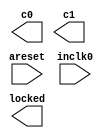
// megafunction wizard: %ALTPLL%VBB%
// GENERATION: STANDARD
// VERSION: WM1.0
// MODULE: altpll 

// ============================================================
// Megafunction Name(s):
// 			altpll
//
// Simulation Library Files(s):
// 			altera_mf
// ============================================================
// ************************************************************
// THIS IS A WIZARD-GENERATED FILE. DO NOT EDIT THIS FILE!
//
// 18.1.0 Build 625 09/12/2018 SJ Lite Edition
// ************************************************************

//Copyright (C) 2018  Intel Corporation. All rights reserved.
//Your use of Intel Corporation's design tools, logic functions 
//and other software and tools, and its AMPP partner logic 
//functions, and any output files from any of the foregoing 
//(including device programming or simulation files), and any 
//associated documentation or information are expressly subject 
//to the terms and conditions of the Intel Program License 
//Subscription Agreement, the Intel Quartus Prime License Agreement,
//the Intel FPGA IP License Agreement, or other applicable license
//agreement, including, without limitation, that your use is for
//the sole purpose of programming logic devices manufactured by
//Intel and sold by Intel or its authorized distributors.  Please
//refer to the applicable agreement for further details.

module PLL (
	areset,
	inclk0,
	c0,
	c1,
	locked);

	input	  areset;
	input	  inclk0;
	output	  c0;
	output	  c1;
	output	  locked;
`ifndef ALTERA_RESERVED_QIS
// synopsys translate_off
`endif
	tri0	  areset;
`ifndef ALTERA_RESERVED_QIS
// synopsys translate_on
`endif

endmodule

// ============================================================
// CNX file retrieval info
// ============================================================
// Retrieval info: PRIVATE: ACTIVECLK_CHECK STRING "0"
// Retrieval info: PRIVATE: BANDWIDTH STRING "1.000"
// Retrieval info: PRIVATE: BANDWIDTH_FEATURE_ENABLED STRING "1"
// Retrieval info: PRIVATE: BANDWIDTH_FREQ_UNIT STRING "MHz"
// Retrieval info: PRIVATE: BANDWIDTH_PRESET STRING "Low"
// Retrieval info: PRIVATE: BANDWIDTH_USE_AUTO STRING "1"
// Retrieval info: PRIVATE: BANDWIDTH_USE_PRESET STRING "0"
// Retrieval info: PRIVATE: CLKBAD_SWITCHOVER_CHECK STRING "0"
// Retrieval info: PRIVATE: CLKLOSS_CHECK STRING "0"
// Retrieval info: PRIVATE: CLKSWITCH_CHECK STRING "0"
// Retrieval info: PRIVATE: CNX_NO_COMPENSATE_RADIO STRING "0"
// Retrieval info: PRIVATE: CREATE_CLKBAD_CHECK STRING "0"
// Retrieval info: PRIVATE: CREATE_INCLK1_CHECK STRING "0"
// Retrieval info: PRIVATE: CUR_DEDICATED_CLK STRING "c0"
// Retrieval info: PRIVATE: CUR_FBIN_CLK STRING "c0"
// Retrieval info: PRIVATE: DEVICE_SPEED_GRADE STRING "Any"
// Retrieval info: PRIVATE: DIV_FACTOR0 NUMERIC "1"
// Retrieval info: PRIVATE: DIV_FACTOR1 NUMERIC "34"
// Retrieval info: PRIVATE: DUTY_CYCLE0 STRING "50.00000000"
// Retrieval info: PRIVATE: DUTY_CYCLE1 STRING "50.00000000"
// Retrieval info: PRIVATE: EFF_OUTPUT_FREQ_VALUE0 STRING "100.000000"
// Retrieval info: PRIVATE: EFF_OUTPUT_FREQ_VALUE1 STRING "2.941176"
// Retrieval info: PRIVATE: EXPLICIT_SWITCHOVER_COUNTER STRING "0"
// Retrieval info: PRIVATE: EXT_FEEDBACK_RADIO STRING "0"
// Retrieval info: PRIVATE: GLOCKED_COUNTER_EDIT_CHANGED STRING "1"
// Retrieval info: PRIVATE: GLOCKED_FEATURE_ENABLED STRING "0"
// Retrieval info: PRIVATE: GLOCKED_MODE_CHECK STRING "0"
// Retrieval info: PRIVATE: GLOCK_COUNTER_EDIT NUMERIC "1048575"
// Retrieval info: PRIVATE: HAS_MANUAL_SWITCHOVER STRING "1"
// Retrieval info: PRIVATE: INCLK0_FREQ_EDIT STRING "100.000"
// Retrieval info: PRIVATE: INCLK0_FREQ_UNIT_COMBO STRING "MHz"
// Retrieval info: PRIVATE: INCLK1_FREQ_EDIT STRING "100.000"
// Retrieval info: PRIVATE: INCLK1_FREQ_EDIT_CHANGED STRING "1"
// Retrieval info: PRIVATE: INCLK1_FREQ_UNIT_CHANGED STRING "1"
// Retrieval info: PRIVATE: INCLK1_FREQ_UNIT_COMBO STRING "MHz"
// Retrieval info: PRIVATE: INTENDED_DEVICE_FAMILY STRING "Cyclone IV GX"
// Retrieval info: PRIVATE: INT_FEEDBACK__MODE_RADIO STRING "1"
// Retrieval info: PRIVATE: LOCKED_OUTPUT_CHECK STRING "1"
// Retrieval info: PRIVATE: LONG_SCAN_RADIO STRING "1"
// Retrieval info: PRIVATE: LVDS_MODE_DATA_RATE STRING "Not Available"
// Retrieval info: PRIVATE: LVDS_MODE_DATA_RATE_DIRTY NUMERIC "0"
// Retrieval info: PRIVATE: LVDS_PHASE_SHIFT_UNIT0 STRING "deg"
// Retrieval info: PRIVATE: LVDS_PHASE_SHIFT_UNIT1 STRING "deg"
// Retrieval info: PRIVATE: MIG_DEVICE_SPEED_GRADE STRING "Any"
// Retrieval info: PRIVATE: MIRROR_CLK0 STRING "0"
// Retrieval info: PRIVATE: MIRROR_CLK1 STRING "0"
// Retrieval info: PRIVATE: MULT_FACTOR0 NUMERIC "1"
// Retrieval info: PRIVATE: MULT_FACTOR1 NUMERIC "1"
// Retrieval info: PRIVATE: NORMAL_MODE_RADIO STRING "1"
// Retrieval info: PRIVATE: OUTPUT_FREQ0 STRING "100.00000000"
// Retrieval info: PRIVATE: OUTPUT_FREQ1 STRING "100.00000000"
// Retrieval info: PRIVATE: OUTPUT_FREQ_MODE0 STRING "0"
// Retrieval info: PRIVATE: OUTPUT_FREQ_MODE1 STRING "0"
// Retrieval info: PRIVATE: OUTPUT_FREQ_UNIT0 STRING "MHz"
// Retrieval info: PRIVATE: OUTPUT_FREQ_UNIT1 STRING "MHz"
// Retrieval info: PRIVATE: PHASE_RECONFIG_FEATURE_ENABLED STRING "1"
// Retrieval info: PRIVATE: PHASE_RECONFIG_INPUTS_CHECK STRING "0"
// Retrieval info: PRIVATE: PHASE_SHIFT0 STRING "0.00000000"
// Retrieval info: PRIVATE: PHASE_SHIFT1 STRING "0.00000000"
// Retrieval info: PRIVATE: PHASE_SHIFT_STEP_ENABLED_CHECK STRING "0"
// Retrieval info: PRIVATE: PHASE_SHIFT_UNIT0 STRING "deg"
// Retrieval info: PRIVATE: PHASE_SHIFT_UNIT1 STRING "deg"
// Retrieval info: PRIVATE: PLL_ADVANCED_PARAM_CHECK STRING "0"
// Retrieval info: PRIVATE: PLL_ARESET_CHECK STRING "1"
// Retrieval info: PRIVATE: PLL_AUTOPLL_CHECK NUMERIC "1"
// Retrieval info: PRIVATE: PLL_ENHPLL_CHECK NUMERIC "0"
// Retrieval info: PRIVATE: PLL_FASTPLL_CHECK NUMERIC "0"
// Retrieval info: PRIVATE: PLL_FBMIMIC_CHECK STRING "0"
// Retrieval info: PRIVATE: PLL_LVDS_PLL_CHECK NUMERIC "0"
// Retrieval info: PRIVATE: PLL_PFDENA_CHECK STRING "0"
// Retrieval info: PRIVATE: PLL_TARGET_HARCOPY_CHECK NUMERIC "0"
// Retrieval info: PRIVATE: PRIMARY_CLK_COMBO STRING "inclk0"
// Retrieval info: PRIVATE: RECONFIG_FILE STRING "PLL.mif"
// Retrieval info: PRIVATE: SACN_INPUTS_CHECK STRING "0"
// Retrieval info: PRIVATE: SCAN_FEATURE_ENABLED STRING "1"
// Retrieval info: PRIVATE: SELF_RESET_LOCK_LOSS STRING "0"
// Retrieval info: PRIVATE: SHORT_SCAN_RADIO STRING "0"
// Retrieval info: PRIVATE: SPREAD_FEATURE_ENABLED STRING "0"
// Retrieval info: PRIVATE: SPREAD_FREQ STRING "50.000"
// Retrieval info: PRIVATE: SPREAD_FREQ_UNIT STRING "KHz"
// Retrieval info: PRIVATE: SPREAD_PERCENT STRING "0.500"
// Retrieval info: PRIVATE: SPREAD_USE STRING "0"
// Retrieval info: PRIVATE: SRC_SYNCH_COMP_RADIO STRING "0"
// Retrieval info: PRIVATE: STICKY_CLK0 STRING "1"
// Retrieval info: PRIVATE: STICKY_CLK1 STRING "1"
// Retrieval info: PRIVATE: SWITCHOVER_COUNT_EDIT NUMERIC "1"
// Retrieval info: PRIVATE: SWITCHOVER_FEATURE_ENABLED STRING "1"
// Retrieval info: PRIVATE: SYNTH_WRAPPER_GEN_POSTFIX STRING "1"
// Retrieval info: PRIVATE: USE_CLK0 STRING "1"
// Retrieval info: PRIVATE: USE_CLK1 STRING "1"
// Retrieval info: PRIVATE: USE_CLKENA0 STRING "0"
// Retrieval info: PRIVATE: USE_CLKENA1 STRING "0"
// Retrieval info: PRIVATE: USE_MIL_SPEED_GRADE NUMERIC "0"
// Retrieval info: PRIVATE: ZERO_DELAY_RADIO STRING "0"
// Retrieval info: LIBRARY: altera_mf altera_mf.altera_mf_components.all
// Retrieval info: CONSTANT: BANDWIDTH_TYPE STRING "AUTO"
// Retrieval info: CONSTANT: CLK0_DIVIDE_BY NUMERIC "1"
// Retrieval info: CONSTANT: CLK0_DUTY_CYCLE NUMERIC "50"
// Retrieval info: CONSTANT: CLK0_MULTIPLY_BY NUMERIC "1"
// Retrieval info: CONSTANT: CLK0_PHASE_SHIFT STRING "0"
// Retrieval info: CONSTANT: CLK1_DIVIDE_BY NUMERIC "34"
// Retrieval info: CONSTANT: CLK1_DUTY_CYCLE NUMERIC "50"
// Retrieval info: CONSTANT: CLK1_MULTIPLY_BY NUMERIC "1"
// Retrieval info: CONSTANT: CLK1_PHASE_SHIFT STRING "0"
// Retrieval info: CONSTANT: COMPENSATE_CLOCK STRING "CLK0"
// Retrieval info: CONSTANT: INCLK0_INPUT_FREQUENCY NUMERIC "10000"
// Retrieval info: CONSTANT: INTENDED_DEVICE_FAMILY STRING "Cyclone IV GX"
// Retrieval info: CONSTANT: LPM_TYPE STRING "altpll"
// Retrieval info: CONSTANT: OPERATION_MODE STRING "NORMAL"
// Retrieval info: CONSTANT: PLL_TYPE STRING "AUTO"
// Retrieval info: CONSTANT: PORT_ACTIVECLOCK STRING "PORT_UNUSED"
// Retrieval info: CONSTANT: PORT_ARESET STRING "PORT_USED"
// Retrieval info: CONSTANT: PORT_CLKBAD0 STRING "PORT_UNUSED"
// Retrieval info: CONSTANT: PORT_CLKBAD1 STRING "PORT_UNUSED"
// Retrieval info: CONSTANT: PORT_CLKLOSS STRING "PORT_UNUSED"
// Retrieval info: CONSTANT: PORT_CLKSWITCH STRING "PORT_UNUSED"
// Retrieval info: CONSTANT: PORT_CONFIGUPDATE STRING "PORT_UNUSED"
// Retrieval info: CONSTANT: PORT_FBIN STRING "PORT_UNUSED"
// Retrieval info: CONSTANT: PORT_INCLK0 STRING "PORT_USED"
// Retrieval info: CONSTANT: PORT_INCLK1 STRING "PORT_UNUSED"
// Retrieval info: CONSTANT: PORT_LOCKED STRING "PORT_USED"
// Retrieval info: CONSTANT: PORT_PFDENA STRING "PORT_UNUSED"
// Retrieval info: CONSTANT: PORT_PHASECOUNTERSELECT STRING "PORT_UNUSED"
// Retrieval info: CONSTANT: PORT_PHASEDONE STRING "PORT_UNUSED"
// Retrieval info: CONSTANT: PORT_PHASESTEP STRING "PORT_UNUSED"
// Retrieval info: CONSTANT: PORT_PHASEUPDOWN STRING "PORT_UNUSED"
// Retrieval info: CONSTANT: PORT_PLLENA STRING "PORT_UNUSED"
// Retrieval info: CONSTANT: PORT_SCANACLR STRING "PORT_UNUSED"
// Retrieval info: CONSTANT: PORT_SCANCLK STRING "PORT_UNUSED"
// Retrieval info: CONSTANT: PORT_SCANCLKENA STRING "PORT_UNUSED"
// Retrieval info: CONSTANT: PORT_SCANDATA STRING "PORT_UNUSED"
// Retrieval info: CONSTANT: PORT_SCANDATAOUT STRING "PORT_UNUSED"
// Retrieval info: CONSTANT: PORT_SCANDONE STRING "PORT_UNUSED"
// Retrieval info: CONSTANT: PORT_SCANREAD STRING "PORT_UNUSED"
// Retrieval info: CONSTANT: PORT_SCANWRITE STRING "PORT_UNUSED"
// Retrieval info: CONSTANT: PORT_clk0 STRING "PORT_USED"
// Retrieval info: CONSTANT: PORT_clk1 STRING "PORT_USED"
// Retrieval info: CONSTANT: PORT_clk2 STRING "PORT_UNUSED"
// Retrieval info: CONSTANT: PORT_clk3 STRING "PORT_UNUSED"
// Retrieval info: CONSTANT: PORT_clk4 STRING "PORT_UNUSED"
// Retrieval info: CONSTANT: PORT_clk5 STRING "PORT_UNUSED"
// Retrieval info: CONSTANT: PORT_clkena0 STRING "PORT_UNUSED"
// Retrieval info: CONSTANT: PORT_clkena1 STRING "PORT_UNUSED"
// Retrieval info: CONSTANT: PORT_clkena2 STRING "PORT_UNUSED"
// Retrieval info: CONSTANT: PORT_clkena3 STRING "PORT_UNUSED"
// Retrieval info: CONSTANT: PORT_clkena4 STRING "PORT_UNUSED"
// Retrieval info: CONSTANT: PORT_clkena5 STRING "PORT_UNUSED"
// Retrieval info: CONSTANT: PORT_extclk0 STRING "PORT_UNUSED"
// Retrieval info: CONSTANT: PORT_extclk1 STRING "PORT_UNUSED"
// Retrieval info: CONSTANT: PORT_extclk2 STRING "PORT_UNUSED"
// Retrieval info: CONSTANT: PORT_extclk3 STRING "PORT_UNUSED"
// Retrieval info: CONSTANT: SELF_RESET_ON_LOSS_LOCK STRING "OFF"
// Retrieval info: CONSTANT: WIDTH_CLOCK NUMERIC "5"
// Retrieval info: USED_PORT: @clk 0 0 5 0 OUTPUT_CLK_EXT VCC "@clk[4..0]"
// Retrieval info: USED_PORT: areset 0 0 0 0 INPUT GND "areset"
// Retrieval info: USED_PORT: c0 0 0 0 0 OUTPUT_CLK_EXT VCC "c0"
// Retrieval info: USED_PORT: c1 0 0 0 0 OUTPUT_CLK_EXT VCC "c1"
// Retrieval info: USED_PORT: inclk0 0 0 0 0 INPUT_CLK_EXT GND "inclk0"
// Retrieval info: USED_PORT: locked 0 0 0 0 OUTPUT GND "locked"
// Retrieval info: CONNECT: @areset 0 0 0 0 areset 0 0 0 0
// Retrieval info: CONNECT: @inclk 0 0 1 1 GND 0 0 0 0
// Retrieval info: CONNECT: @inclk 0 0 1 0 inclk0 0 0 0 0
// Retrieval info: CONNECT: c0 0 0 0 0 @clk 0 0 1 0
// Retrieval info: CONNECT: c1 0 0 0 0 @clk 0 0 1 1
// Retrieval info: CONNECT: locked 0 0 0 0 @locked 0 0 0 0
// Retrieval info: GEN_FILE: TYPE_NORMAL PLL.v TRUE
// Retrieval info: GEN_FILE: TYPE_NORMAL PLL.ppf TRUE
// Retrieval info: GEN_FILE: TYPE_NORMAL PLL.inc TRUE
// Retrieval info: GEN_FILE: TYPE_NORMAL PLL.cmp TRUE
// Retrieval info: GEN_FILE: TYPE_NORMAL PLL.bsf TRUE
// Retrieval info: GEN_FILE: TYPE_NORMAL PLL_inst.v TRUE
// Retrieval info: GEN_FILE: TYPE_NORMAL PLL_bb.v TRUE
// Retrieval info: GEN_FILE: TYPE_NORMAL PLL_syn.v TRUE
// Retrieval info: LIB_FILE: altera_mf
// Retrieval info: CBX_MODULE_PREFIX: ON